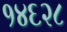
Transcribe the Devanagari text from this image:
१४६२८